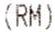
(RM)